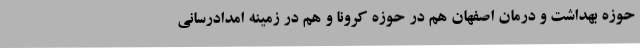
حوزه بهداشت و درمان اصفهان هم در حوزه کرونا و هم در زمینه امدادرسانی